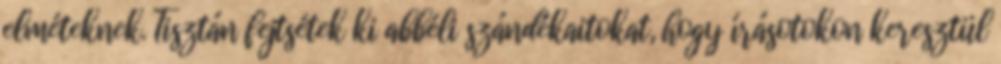
elméteknek. Tisztán fejtsétek ki abbéli szándékaitokat, hogy írásotokon keresztül